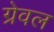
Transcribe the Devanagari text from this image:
ग्रेवल